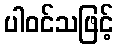
ပါဝင်သဖြင့်